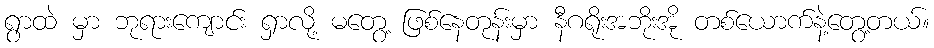
ရွာထဲ မှာ ဘုရားကျောင်း ရှာလို့ မတွေ့ ဖြစ်နေတုန်းမှာ နီဂရိုးအဘိုးအို တစ်ယောက်နဲ့တွေ့တယ်။